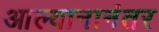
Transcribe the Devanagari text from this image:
आल्यानानंतर